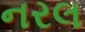
નરલ